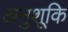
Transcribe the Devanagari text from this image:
अनुशूकि